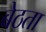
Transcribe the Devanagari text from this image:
बेठता